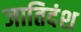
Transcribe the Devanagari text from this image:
जातिदंश